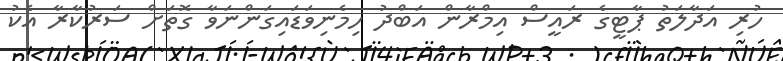
ހުރި އަދާލަތު ޕާޓީގެ ރައީސް އިމްރާން އަބްދު ހިމެނިވަޑައިގަންނަވާ ގޮތަށް ސަރުކާރާ އެކު